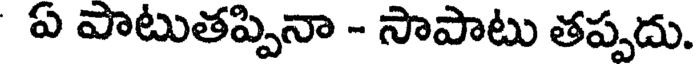
ఏ పాటుతప్పినా - సాపాటు తప్పదు.